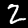
Label: 2